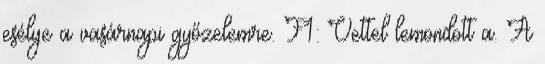
esélye a vasárnapi győzelemre. F1: Vettel lemondott a. A